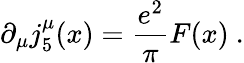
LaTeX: \partial_{\mu}j_{5}^{\mu}(x)=\frac{e^{2}}{\pi}F(x)\ .